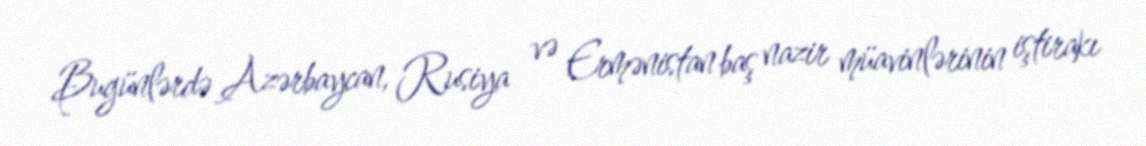
Bugünlərdə Azərbaycan, Rusiya və Ermənistan baş nazir müavinlərinin iştirakı